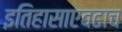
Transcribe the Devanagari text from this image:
इतिहासाएवढाच